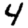
Digit: 4